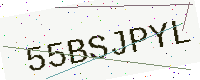
Text: 55BSJPYL